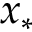
x _ { \ast }